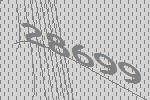
28699